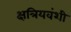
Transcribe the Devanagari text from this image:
क्षत्रियवंशी